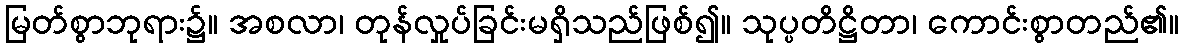
မြတ်စွာဘုရား၌။ အစလာ၊ တုန်လှုပ်ခြင်းမရှိသည်ဖြစ်၍။ သုပ္ပတိဋ္ဌိတာ၊ ကောင်းစွာတည်၏။